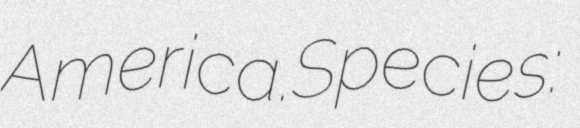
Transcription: America.Species: